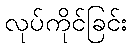
လုပ်ကိုင်ခြင်း